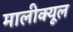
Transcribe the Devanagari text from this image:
मालीक्यूल